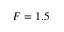
F = 1 . 5